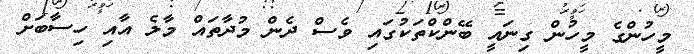
މީހުންގެ މީހުން ގިނައީ ބޭންކްތަކުގައި ވެސް ދެން މުދާތައް މާލެ އާއި ހިސާބަށް